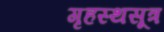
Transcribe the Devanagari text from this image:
गृहस्थसूत्र